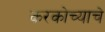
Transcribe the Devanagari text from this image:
करकोच्याचे